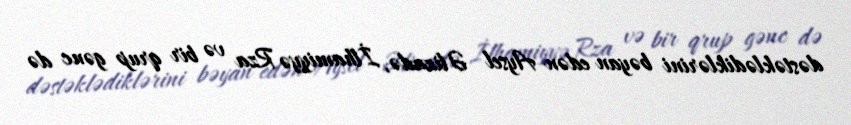
dəstəklədiklərini bəyan edən Aysel Əlizadə, İlhamiyyə Rza və bir qrup gənc də